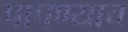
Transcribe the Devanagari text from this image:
पापण्याच